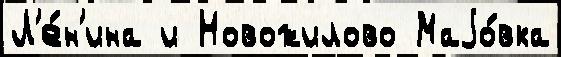
Л'е́н'ина и Новожилово Маjо́вка